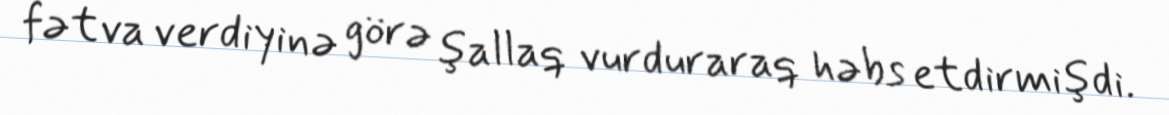
fətva verdiyinə görə şallaq vurduraraq həbs etdirmişdi.